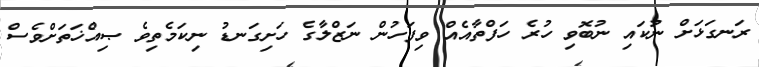
ރަނގަޅަށް ނުކައި ނުބޮވި ހުރެ ހަފްތާއެއް ވިފަހުން ނަޒްލާގެ ހަށިގަނޑު ނިކަމެތިވެ ޞިއްޚަތަށްވެސް